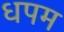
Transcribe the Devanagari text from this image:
धपम